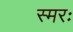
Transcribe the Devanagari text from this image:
स्मरः